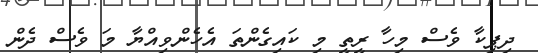
ދިޕިކާ ވެސް މިހާ ރީތީ މި ކައިގެންތަ އެހެންވިއްޔާ މަ ވެސް ދެން